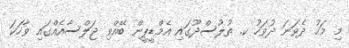
މި މަހު ދެވަނަ ދުވަހު ކ. ތުލުސްދޫގައި އެމްޑީޕީން ބޭއްވި ޖަލްސާއެއްގައި ވާހަކަ